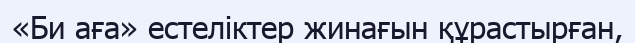
«Би аға» естеліктер жинағын құрастырған,